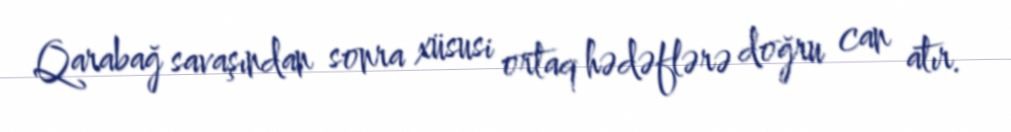
Qarabağ savaşından sonra xüsusi ortaq hədəflərə doğru can atır.